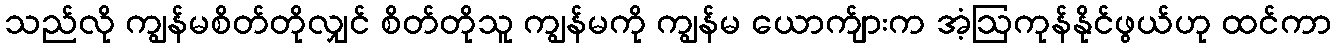
သည်လို ကျွန်မစိတ်တိုလျှင် စိတ်တိုသူ ကျွန်မကို ကျွန်မ ယောက်ျားက အံ့ဩကုန်နိုင်ဖွယ်ဟု ထင်ကာ